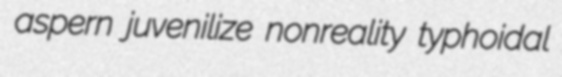
aspern juvenilize nonreality typhoidal